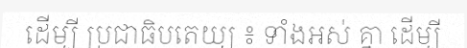
ដើម្បី ប្រជាធិបតេយ្យ ៖ ទាំងអស់ គ្នា ដើម្បី